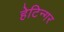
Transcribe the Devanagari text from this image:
हेटिन्गर